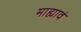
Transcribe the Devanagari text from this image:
माह्यावं